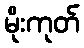
မိုးကုတ်